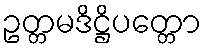
ဥတ္တမဒိဋ္ဌိပတ္တော